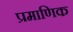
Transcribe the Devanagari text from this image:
प्रमाणिक